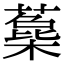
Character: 𣛳